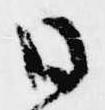
日